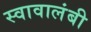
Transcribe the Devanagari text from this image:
स्वावालंबी